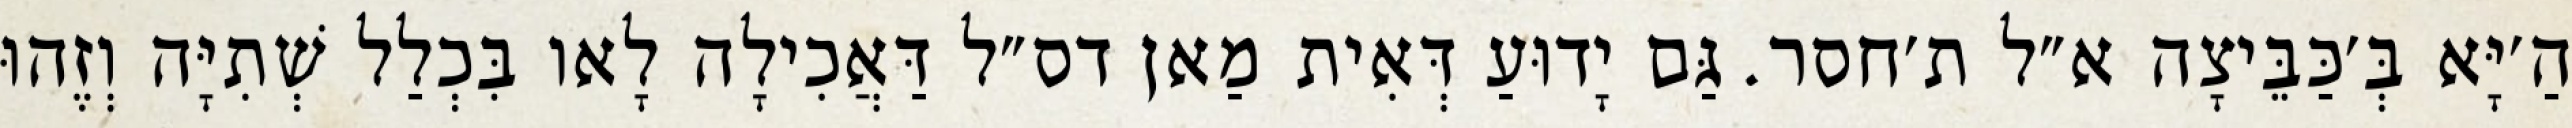
הַ׳יָּא בְּ׳כַּבֵּיצָה א״ל ת׳חסר. גַּם יָדוּעַ דְּאִית מַאן דס״ל דַּאֲכִילָה לָאו בִּכְלַל שְׁתִיָּה וְזֶהוּ